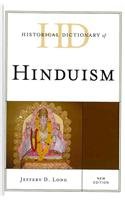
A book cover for Historical Dictionary of Hinduism (Historical Dictionaries of Religions, Philosophies, and Movements Series); Jeffery D. Long; Religion & Spirituality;